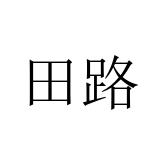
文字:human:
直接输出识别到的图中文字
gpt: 田路